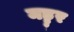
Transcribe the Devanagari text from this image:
मड्डुर